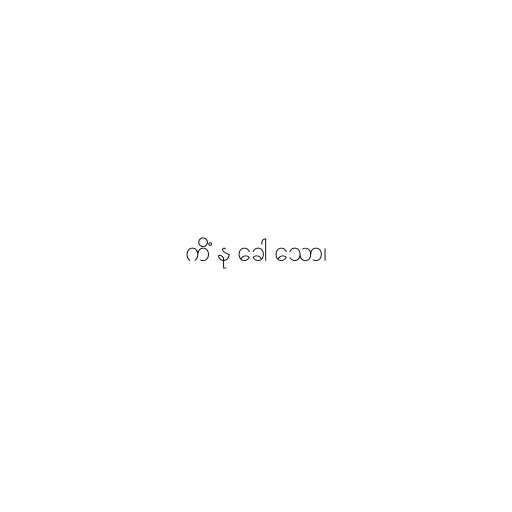
ကိံ နု ခေါ သော၊